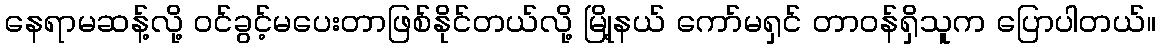
နေရာမဆန့်လို့ ဝင်ခွင့်မပေးတာဖြစ်နိုင်တယ်လို့ မြို့နယ် ကော်မရှင် တာဝန်ရှိသူက ပြောပါတယ်။